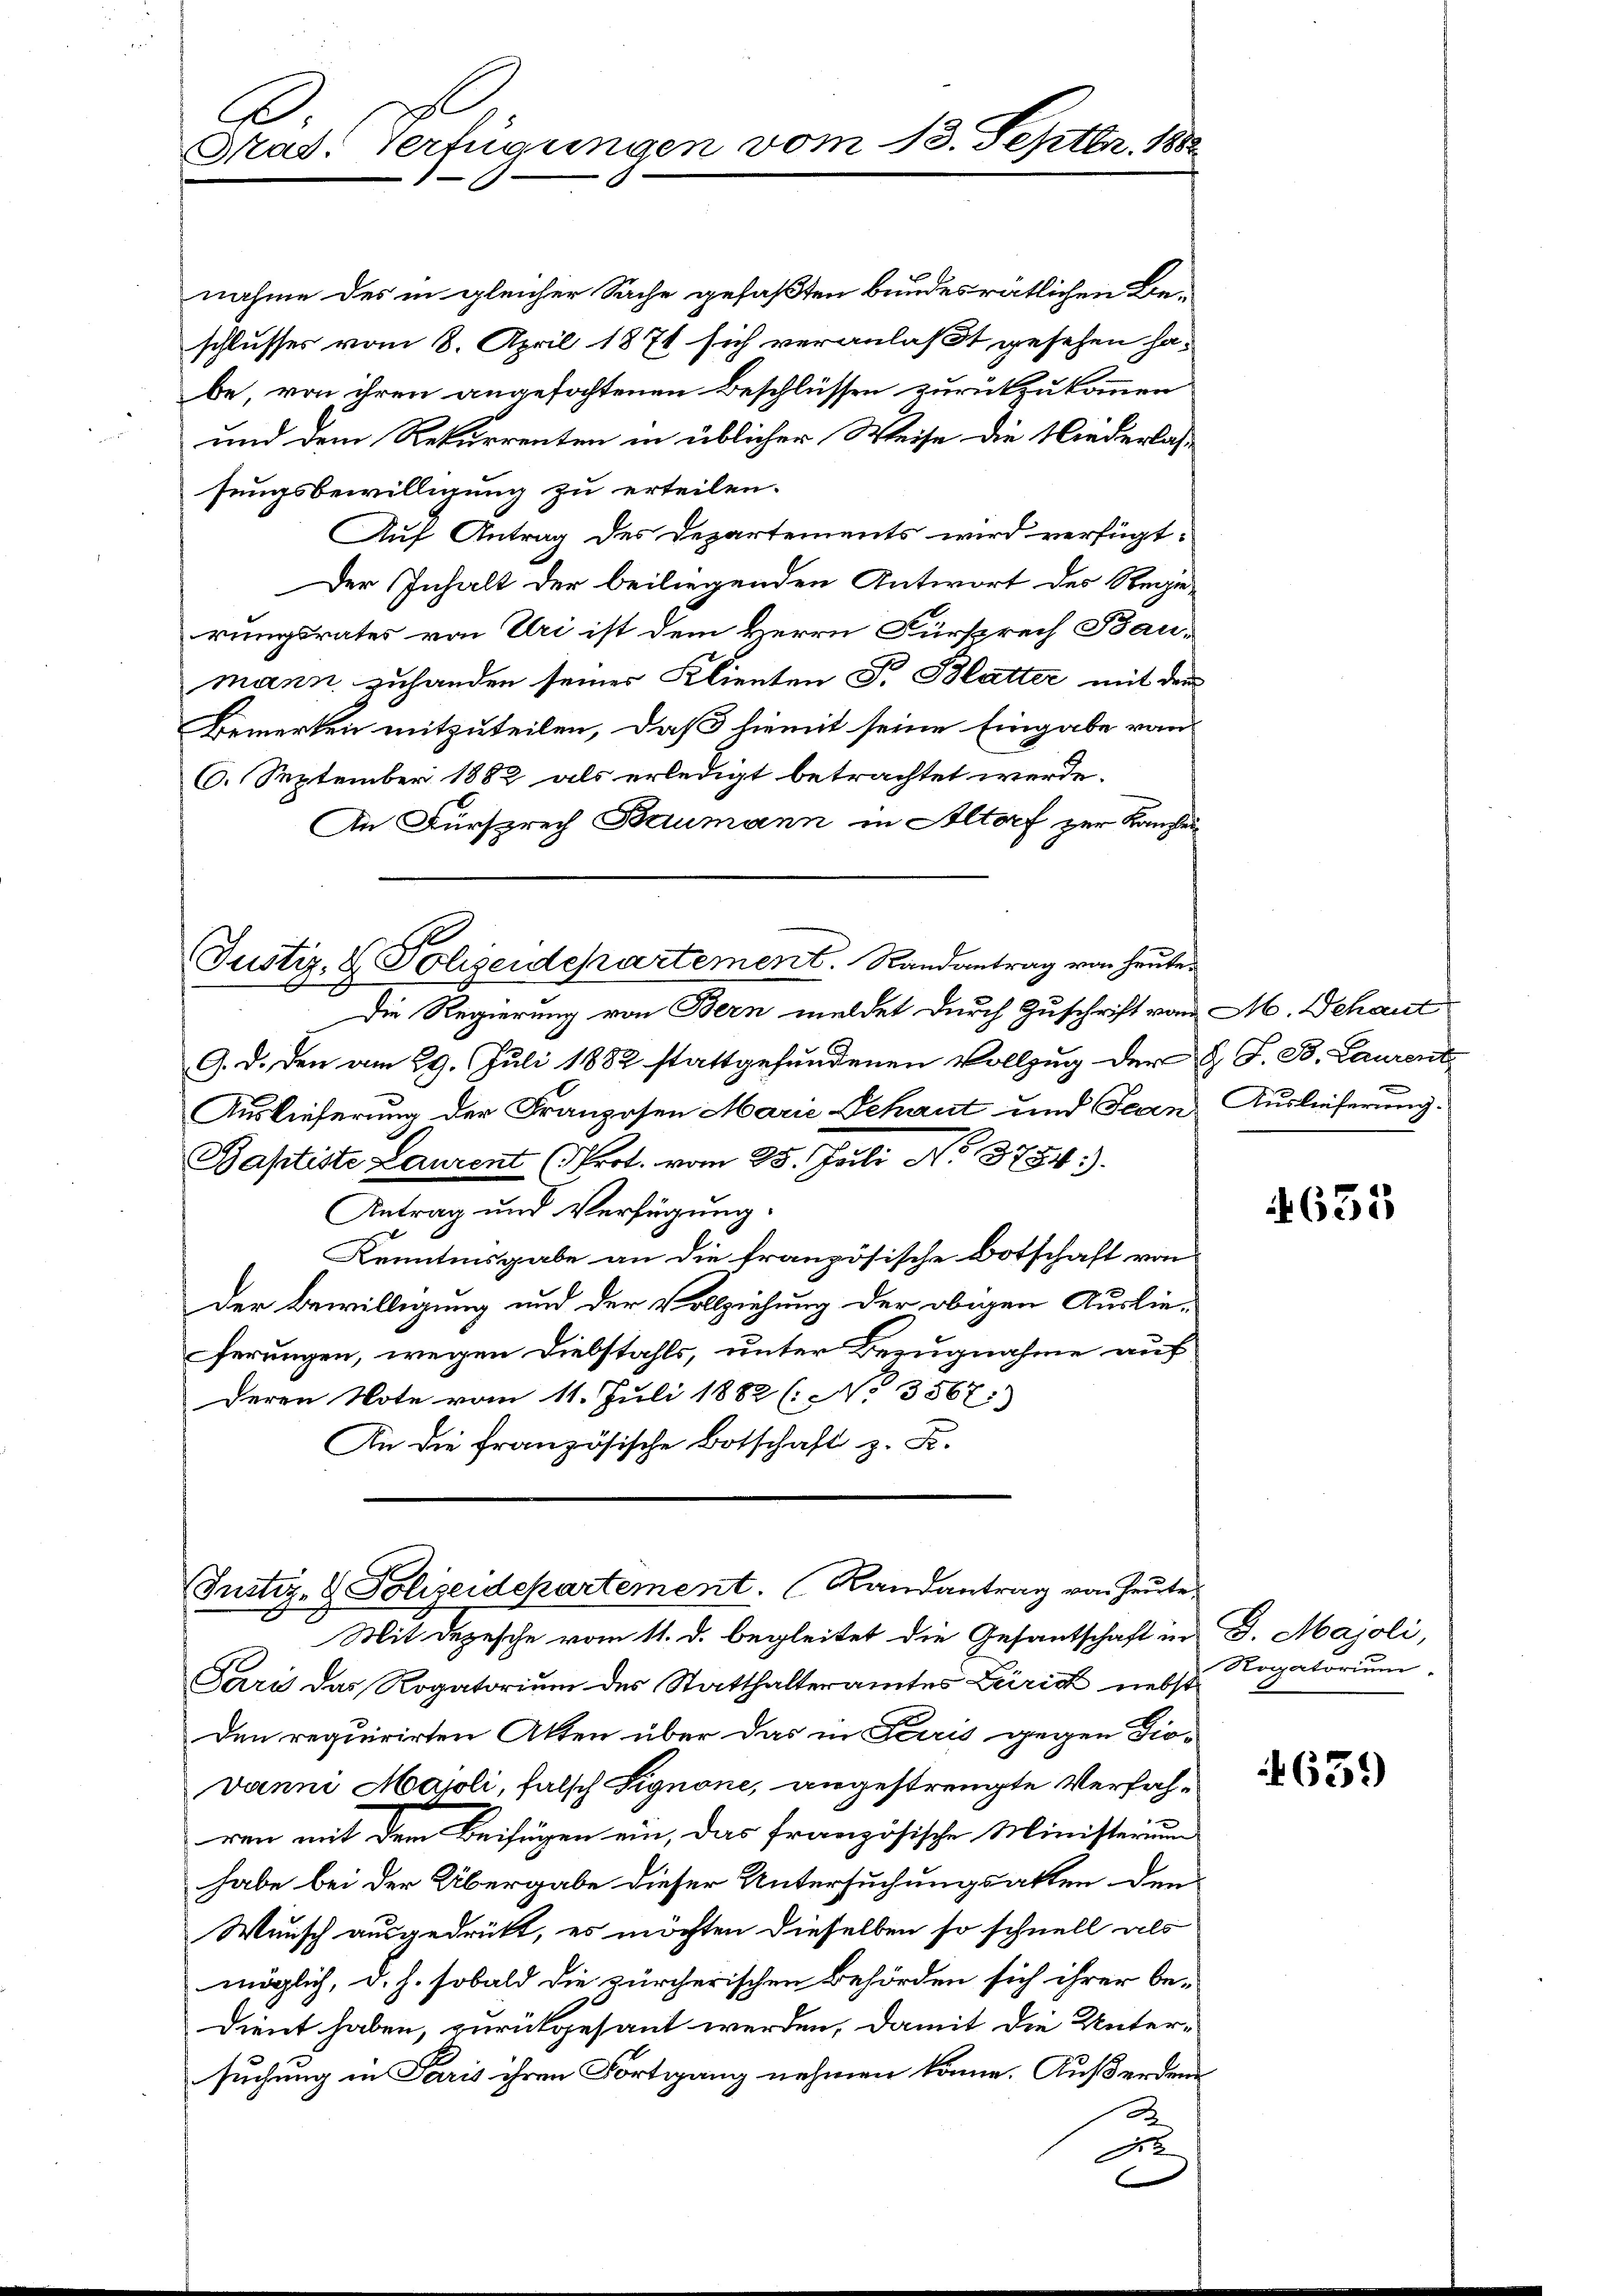
A
Mad. Verfügungen vom 13. Septbr. 1888

und dem Rekurrenten in üblicher Weise die Niederlass
sungsbewilligung zu erteilen.
Auf Antrag des Departements wird verfügt:
Der Inhalt der beiliegenden Antwort des Regie-
rungsrates von Uri ist dem Herrn Fürsprech Baumann zuhanden seiner Klienten Fr. Blatter mit dem
Bemerken mitzuteilen, daß hiemit seine Eingabe von
6. September 1882 als erledigt betrachtet werde.
An Fürsprech Baumann in Altorf zur Kanzler

nahme des in gleicher Sache gefaßten bundesrätlichen Beschlusses vom 8. April 1871 sich veranlaßt gesehen ha-
be, von ihren angefochtenen Beschlüssen zurückzukommen

Justiz- & Polizeidepartement. Randantrag von heute.

Die Regierung von Bern meldet durch Zuschrift von M. Schaut
9. d. den am 29. Juli 1882 stattgefundenen Vollzug der B. J. B. Laurent
Auslieferung der Franzosen Marie Schaut und Jean Auslieferung.
Baptiste Laurent (Prot. vom 25. Juli No 3754)
Antrag und Verfügung.
Kenntnisgabe an die französische Botschaft von
Der Bewilligung und der Vollziehung der obigen Auslieferungen, wegen Diebstahls, unter Bezugnahme auf
deren Note vom 11. Juli 1882 (NNo. 3567:
An die französische Botschaft z. F.

Justiz- & Polizeidepartement. Randantrag von Heute.

Mit Depesche vom 11. d. begleitet die Gesantschaft in J. Majoli,
Pari das Rogatorium des Statthalteramtes Zürich nebst
Den requirirten Akten über das in Terris gegen Dio-
Danni Majoli, falsch Signone, angestrempte Verfahren mit dem Beifügen ein, das französische Ministerium
habe bei der Übergabe dieser Untersuchungsakten den
Winsch ausgedrükt, es möchten dieselben so schnell als
möglich, d. h. sobald die zürcherischen Behörden sich ihrer be-
dient haben, zurückgesant werden, damit die Unter-
suchung in Paris ihren Fortgang nehmen könne. Außerden
A
d
E

631

Rogatorium.

639)